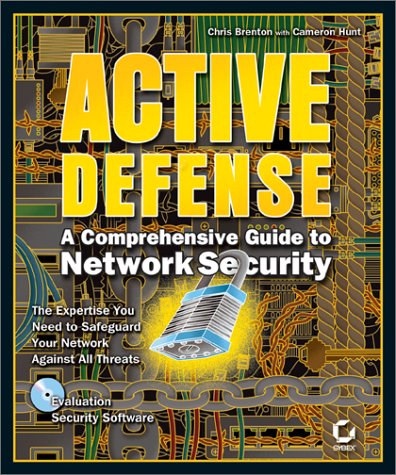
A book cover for Active Defense: A Comprehensive Guide to Network Security; Cameron Hunt; Computers & Technology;